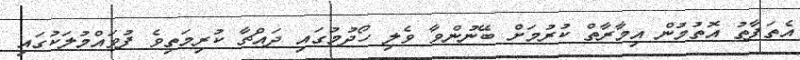
އެތަފާތު އޮތުމުން އިމާރާތް ކުރުމަށް ބޭނުންވާ ވެލި ހޯދުމުގައި ދައްޗާ ކުރިމަތިވެ ފުވައްމުލަކުގައި